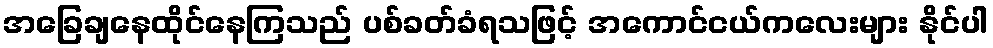
အခြေချနေထိုင်နေကြသည် ပစ်ခတ်ခံရသဖြင့် အကောင်ငယ်ကလေးများ နိုင်ပါ